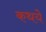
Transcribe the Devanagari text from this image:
कथये